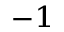
^ { - 1 }